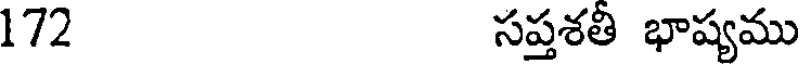
172 సప్తశతి భాష్యము